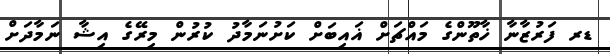
ޑރ ފަރުޒާނާ ޚާތޫންގެ މައްޗަށް ޣައިބަށް ކަށުނަމާދު ކުރުން މިރޭގެ އިޝާ ނަމާދަށް